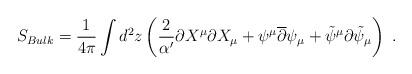
LaTeX: \begin{align*}S_{Bulk}=\frac{1}{4\pi}\int d^2z\left(\frac{2}{\alpha'}\partial X^{\mu}\partial X_{\mu}+\psi^{\mu}\overline{\partial}\psi_{\mu}+\tilde{\psi}^{\mu}\partial\tilde{\psi}_{\mu}\right) \ .\end{align*}